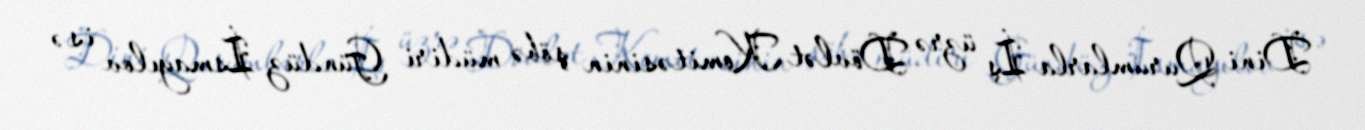
Dini Qurumlarla İş üzrə Dövlət Komitəsinin şöbə müdiri Gündüz İsmayılov isə